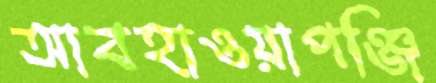
আবহাওয়াপঞ্জি